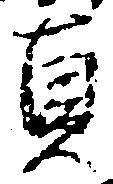
貞